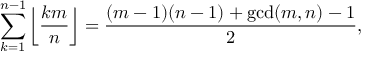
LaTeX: \sum _ { k = 1 } ^ { n - 1 } \left\lfloor { \frac { k m } { n } } \right\rfloor = { \frac { ( m - 1 ) ( n - 1 ) + \operatorname* { g c d } ( m , n ) - 1 } { 2 } } ,